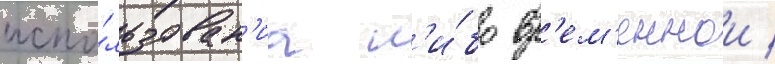
испо́льзован'иа л'и́бо вр'ем'еннои /